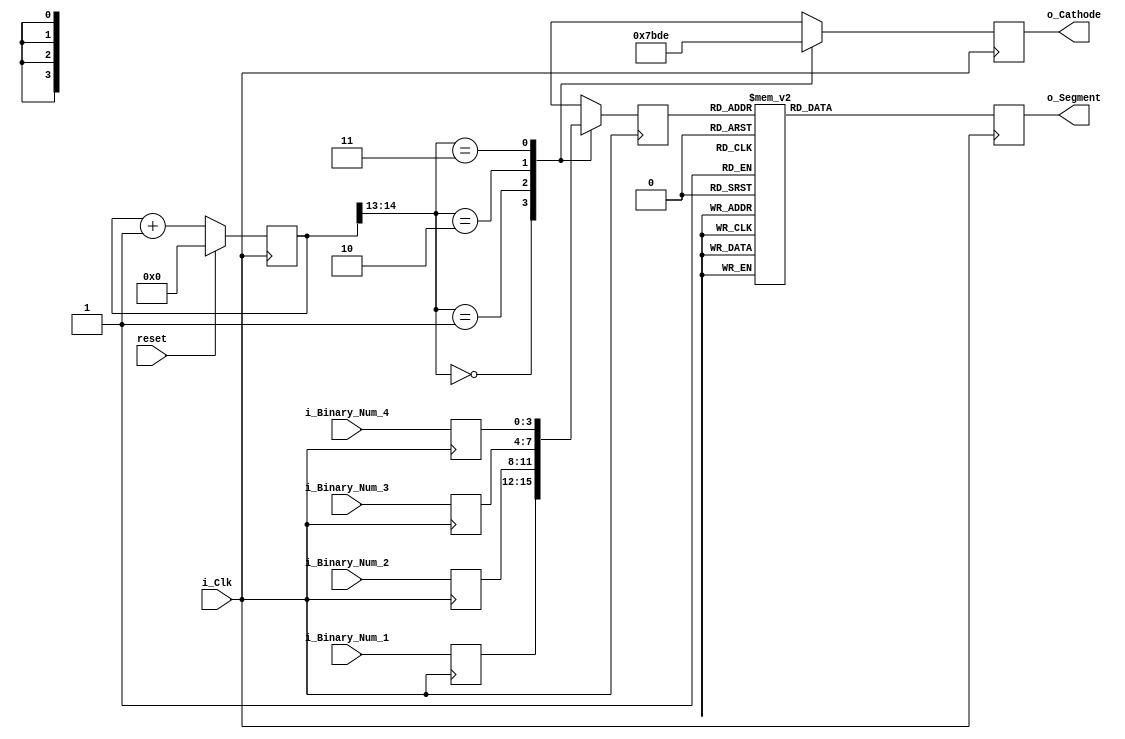
module seven_segment_controller(
    input i_Clk, // 100 Mhz clock source on Basys 3 FPGA
    input reset, // reset
    input  [3:0]     i_Binary_Num_1,
    input  [3:0]     i_Binary_Num_2,
    input  [3:0]     i_Binary_Num_3,
    input  [3:0]     i_Binary_Num_4,
    output reg [3:0] o_Cathode, // anode signals of the 7-segment LED display
    output reg [6:0] o_Segment// cathode patterns of the 7-segment LED display
    );
    
    reg [3:0] LED_BCD;
    reg [19:0] refresh_counter; // 20-bit for creating 10.5ms refresh period or 380Hz refresh rate
             // the first 2 MSB bits for creating 4 LED-activating signals with 2.6ms digit period
    wire [1:0] LED_activating_counter; 
                 // count     0    ->  1  ->  2  ->  3
              // activates    LED1    LED2   LED3   LED4
             // and repeat
             
    reg [3:0] i_Binary_Num_reg_1 = 0, i_Binary_Num_reg_2 = 0, i_Binary_Num_reg_3 = 0, i_Binary_Num_reg_4 = 0;
    always @(posedge i_Clk) begin 
        i_Binary_Num_reg_1 <= i_Binary_Num_1;
        i_Binary_Num_reg_2 <= i_Binary_Num_2;
        i_Binary_Num_reg_3 <= i_Binary_Num_3;
        i_Binary_Num_reg_4 <= i_Binary_Num_4;
        if(reset==1)
            refresh_counter <= 0;
        else
            refresh_counter <= refresh_counter + 20'h1;
    end 
    assign LED_activating_counter = refresh_counter[14:13];
    // anode activating signals for 4 LEDs, digit period of 2.6ms
    // decoder to generate anode signals 
    always @(posedge i_Clk)
    begin
        case(LED_activating_counter)
        2'b00: begin
            o_Cathode = 4'b0111; 
            // activate LED1 and Deactivate LED2, LED3, LED4
            LED_BCD = i_Binary_Num_reg_1;
            // the first digit of the 16-bit number
              end
        2'b01: begin
            o_Cathode = 4'b1011; 
            // activate LED2 and Deactivate LED1, LED3, LED4
            LED_BCD = i_Binary_Num_reg_2;
            // the second digit of the 16-bit number
              end
        2'b10: begin
            o_Cathode = 4'b1101; 
            // activate LED3 and Deactivate LED2, LED1, LED4
            LED_BCD = i_Binary_Num_reg_3;
            // the third digit of the 16-bit number
                end
        2'b11: begin
            o_Cathode = 4'b1110; 
            // activate LED4 and Deactivate LED2, LED3, LED1
            LED_BCD = i_Binary_Num_reg_4;
            // the fourth digit of the 16-bit number    
               end
        endcase
    end
    // Cathode patterns of the 7-segment LED display 
    always @(posedge i_Clk)
    begin
        case(LED_BCD)
        
        ////////////////////////GFEDCBA  1 = off, 0 = on
        4'b0000: o_Segment = 7'b1000000; // "0"     
        4'b0001: o_Segment = 7'b1111001; // "1" 
        4'b0010: o_Segment = 7'b0100100; // "2" 
        4'b0011: o_Segment = 7'b0110000; // "3" 
        4'b0100: o_Segment = 7'b0011001; // "4" 
        4'b0101: o_Segment = 7'b0010010; // "5" 
        4'b0110: o_Segment = 7'b0000010; // "6" 
        4'b0111: o_Segment = 7'b1111000; // "7" 
        4'b1000: o_Segment = 7'b0000000; // "8"     
        4'b1001: o_Segment = 7'b0010000; // "9" 
        4'b1010: o_Segment = 7'b0001000; // "A" 
        4'b1011: o_Segment = 7'b0000011; // "B" 
        4'b1100: o_Segment = 7'b1000110; // "C" 
        4'b1101: o_Segment = 7'b0100001; // "D" 
        4'b1110: o_Segment = 7'b0000110; // "E" 
        4'b1111: o_Segment = 7'b0001110; // "F" 
        
        default: o_Segment = 7'b1000000; // "0"
        
        endcase
    end
 endmodule